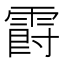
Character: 𲊁